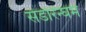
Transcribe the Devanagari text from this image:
सेंडरिन्घम